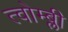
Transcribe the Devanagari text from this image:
त्वोम्ब्ली